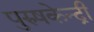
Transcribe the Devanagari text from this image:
पुरुषकेन्द्री